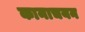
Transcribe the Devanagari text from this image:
कानाचयन